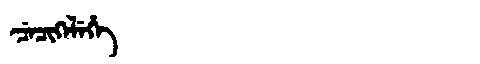
Manchu: ᠴᡝᠴᡳᡴᡝᠯᡝᡥᡝ
Romanization: CECIKELEHE